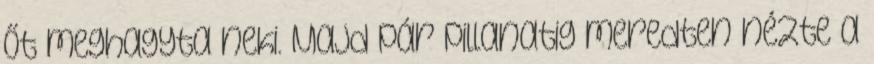
őt meghagyta neki. Majd pár pillanatig meredten nézte a